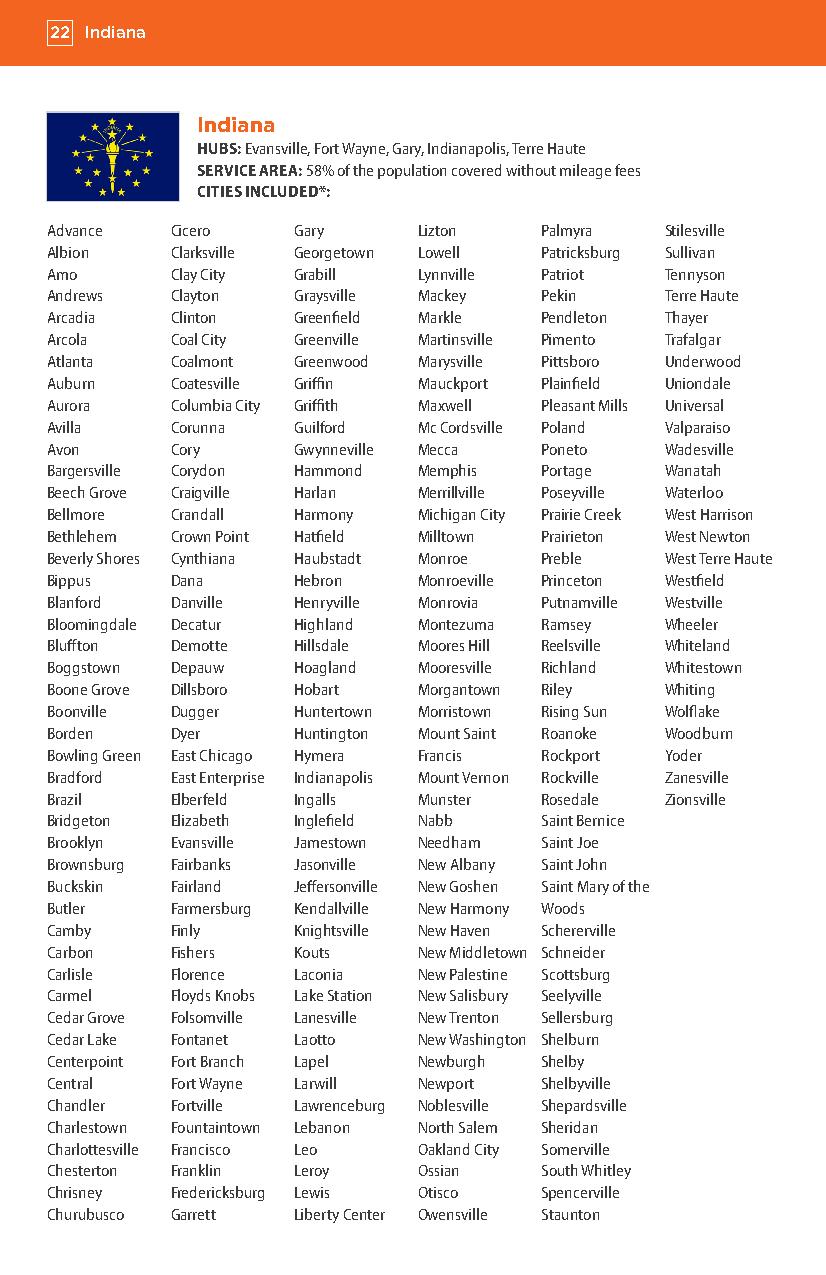
22 Indiana
 Indiana
 HUBS: Evansville, Fort Wayne, Gary, Indianapolis, Terre Haute
 SERVICE AREA: 58% of the population covered without mileage fees
 CITIES INCLUDED*:
 Advance Cicero  Gary     Lizton  Palmyra Stilesville
 Albion  Clarksville Georgetown Lowell Patricksburg Sullivan
 Amo     Clay City Grabill Lynnville Patriot Tennyson
 Andrews Clayton Graysville Mackey Pekin  Terre Haute
 Arcadia Clinton Greenfield Markle Pendleton Thayer
 Arcola  Coal City Greenville Martinsville Pimento Trafalgar
 Atlanta Coalmont Greenwood Marysville Pittsboro Underwood
 Auburn  Coatesville Griffin Mauckport Plainfield Uniondale
 Aurora  Columbia City Griffith Maxwell Pleasant Mills Universal
 Avilla  Corunna Guilford Mc Cordsville Poland Valparaiso
 Avon    Cory    Gwynneville Mecca Poneto Wadesville
 Bargersville Corydon Hammond Memphis Portage Wanatah
 Beech Grove Craigville Harlan Merrillville Poseyville Waterloo
 Bellmore Crandall Harmony Michigan City Prairie Creek West Harrison
 Bethlehem Crown Point Hatfield Milltown Prairieton West Newton
 Beverly Shores Cynthiana Haubstadt Monroe Preble West Terre Haute
 Bippus  Dana    Hebron   Monroeville Princeton Westfield
 Blanford Danville Henryville Monrovia Putnamville Westville
 Bloomingdale Decatur Highland Montezuma Ramsey Wheeler
 Bluffton Demotte Hillsdale Moores Hill Reelsville Whiteland
 Boggstown Depauw Hoagland Mooresville Richland Whitestown
 Boone Grove Dillsboro Hobart Morgantown Riley Whiting
 Boonville Dugger Huntertown Morristown Rising Sun Wolflake
 Borden  Dyer    Huntington Mount Saint Roanoke Woodburn
 Bowling Green East Chicago Hymera Francis Rockport Yoder
 Bradford East Enterprise Indianapolis Mount Vernon Rockville Zanesville
 Brazil  Elberfeld Ingalls Munster Rosedale Zionsville
 Bridgeton Elizabeth Inglefield Nabb Saint Bernice
 Brooklyn Evansville Jamestown Needham Saint Joe
 Brownsburg Fairbanks Jasonville New Albany Saint John
 Buckskin Fairland Jeffersonville New Goshen Saint Mary of the
 Butler  Farmersburg Kendallville New Harmony Woods
 Camby   Finly   Knightsville New Haven Schererville
 Carbon  Fishers Kouts    New Middletown Schneider
 Carlisle Florence Laconia New Palestine Scottsburg
 Carmel  Floyds Knobs Lake Station New Salisbury Seelyville
 Cedar Grove Folsomville Lanesville New Trenton Sellersburg
 Cedar Lake Fontanet Laotto New Washington Shelburn
 Centerpoint Fort Branch Lapel Newburgh Shelby
 Central Fort Wayne Larwill Newport Shelbyville
 Chandler Fortville Lawrenceburg Noblesville Shepardsville
 Charlestown Fountaintown Lebanon North Salem Sheridan
 Charlottesville Francisco Leo Oakland City Somerville
 Chesterton Franklin Leroy Ossian South Whitley
 Chrisney Fredericksburg Lewis Otisco Spencerville
 Churubusco Garrett Liberty Center Owensville Staunton